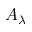
A _ { \lambda }